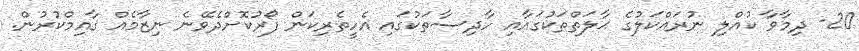
20- ދިމާވާ ކުއްލި ނުރައްކަލުގެ ޙާލަތްތަކުގައާއި ހާދިސާތަކުގައި އެހީތެރިކަން ފޯރުކޮށްދެވޭނެ ނިޒާމެއް ޤާއިމްކުރުން.